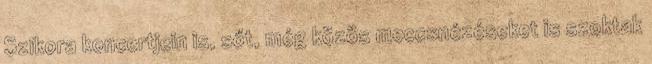
Szikora koncertjein is, sőt, még közös meccsnézéseket is szoktak